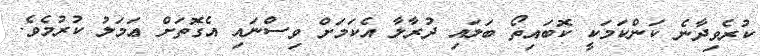
ކުރެވިދާނެ ކަންކަމަކީ ކޮބައިތޯ ބަލައި ދުރާލާ އެކަމަށް ވިސްނައި އެގޮތަށް ޢަމަލު ކުރުމެވެ.